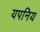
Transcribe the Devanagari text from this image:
यपनिय